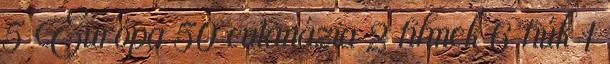
5 Európa 50 eutanázia 2 filmek 6 fiúk 1